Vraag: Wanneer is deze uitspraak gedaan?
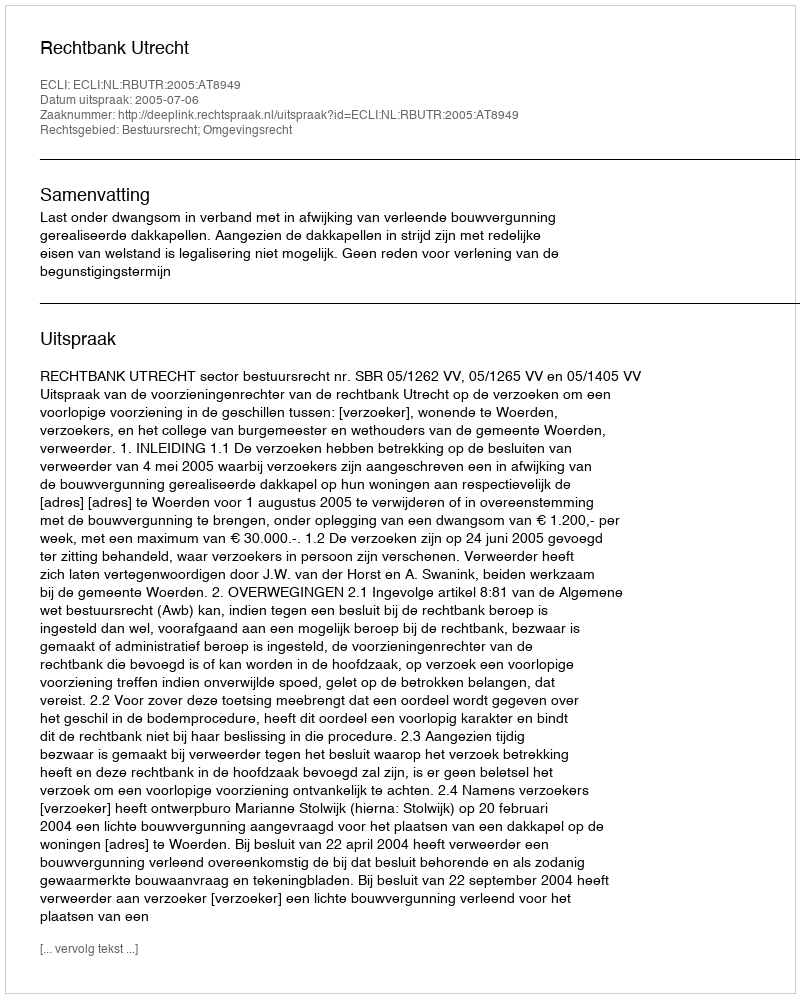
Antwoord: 2005-07-06